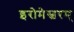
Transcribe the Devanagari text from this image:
इरोमेस्वरम्